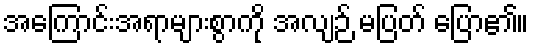
အကြောင်းအရာများစွာကို အလျဉ် မပြတ် ပြော၏။